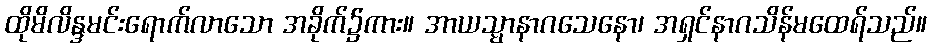
ထိုမိလိန္ဒမင်းရောက်လာသော အခိုက်၌ကား။ အာယသ္မာနာဂသေနော၊ အရှင်နာဂသိန်မထေရ်သည်။